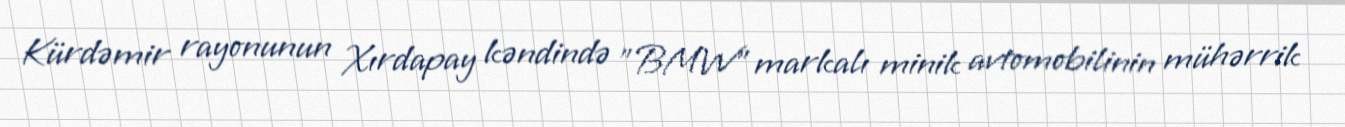
Kürdəmir rayonunun Xırdapay kəndində "BMW" markalı minik avtomobilinin mühərrik